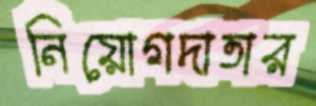
নিয়োগদাতার